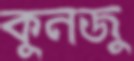
কুনজু